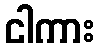
ငါကား